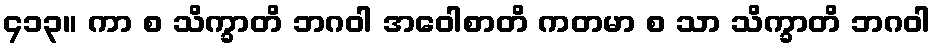
၄၁၃။ ကာ စ သိက္ခာတိ ဘဂဝါ အဝေါစာတိ ကတမာ စ သာ သိက္ခာတိ ဘဂဝါ